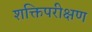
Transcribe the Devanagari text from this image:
शक्तिपरीक्षण